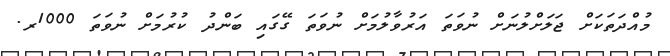
މުއްދަތަކަށް ޖަލަށްލުނަށް ނުވަތަ އަރުވާލުމަށް ނުވަތަ ގޭގައި ބަންދު ކުރުމަށް ނުވަތަ 1000ރ.